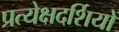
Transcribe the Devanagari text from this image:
प्रत्येक्षदर्शियों